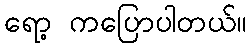
ရော့ ကပြောပါတယ်။